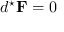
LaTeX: d ^ { \star } \mathbf { F } = 0